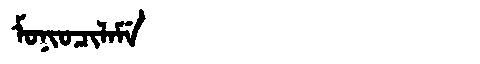
Manchu: ᠮᠣᠨᡳᠣᠴᡳᠯᠠᠮᡝ
Romanization: MONIOCILAME